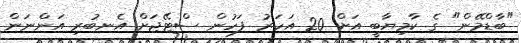
"ބާޑްމޭން" ގެ ކާމިޔާބީ އަށް 20 އަހަރު ފަހުން ސްޓޭޖަށް އެނބުރި އަންނަން